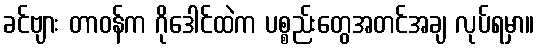
ခင်ဗျား တာဝန်က ဂိုဒေါင်ထဲက ပစ္စည်းတွေအတင်အချ လုပ်ရမှာ။